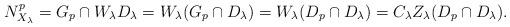
LaTeX: \begin{align*} N_{X_\lambda}^p= G_p \cap W_\lambda D_\lambda= W_\lambda (G_p\cap D_\lambda) = W_\lambda (D_p\cap D_\lambda) = C_\lambda Z_\lambda (D_p\cap D_\lambda). \end{align*}